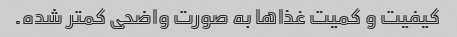
کیفیت و کمیت غذاها به صورت واضحی کمتر شده.